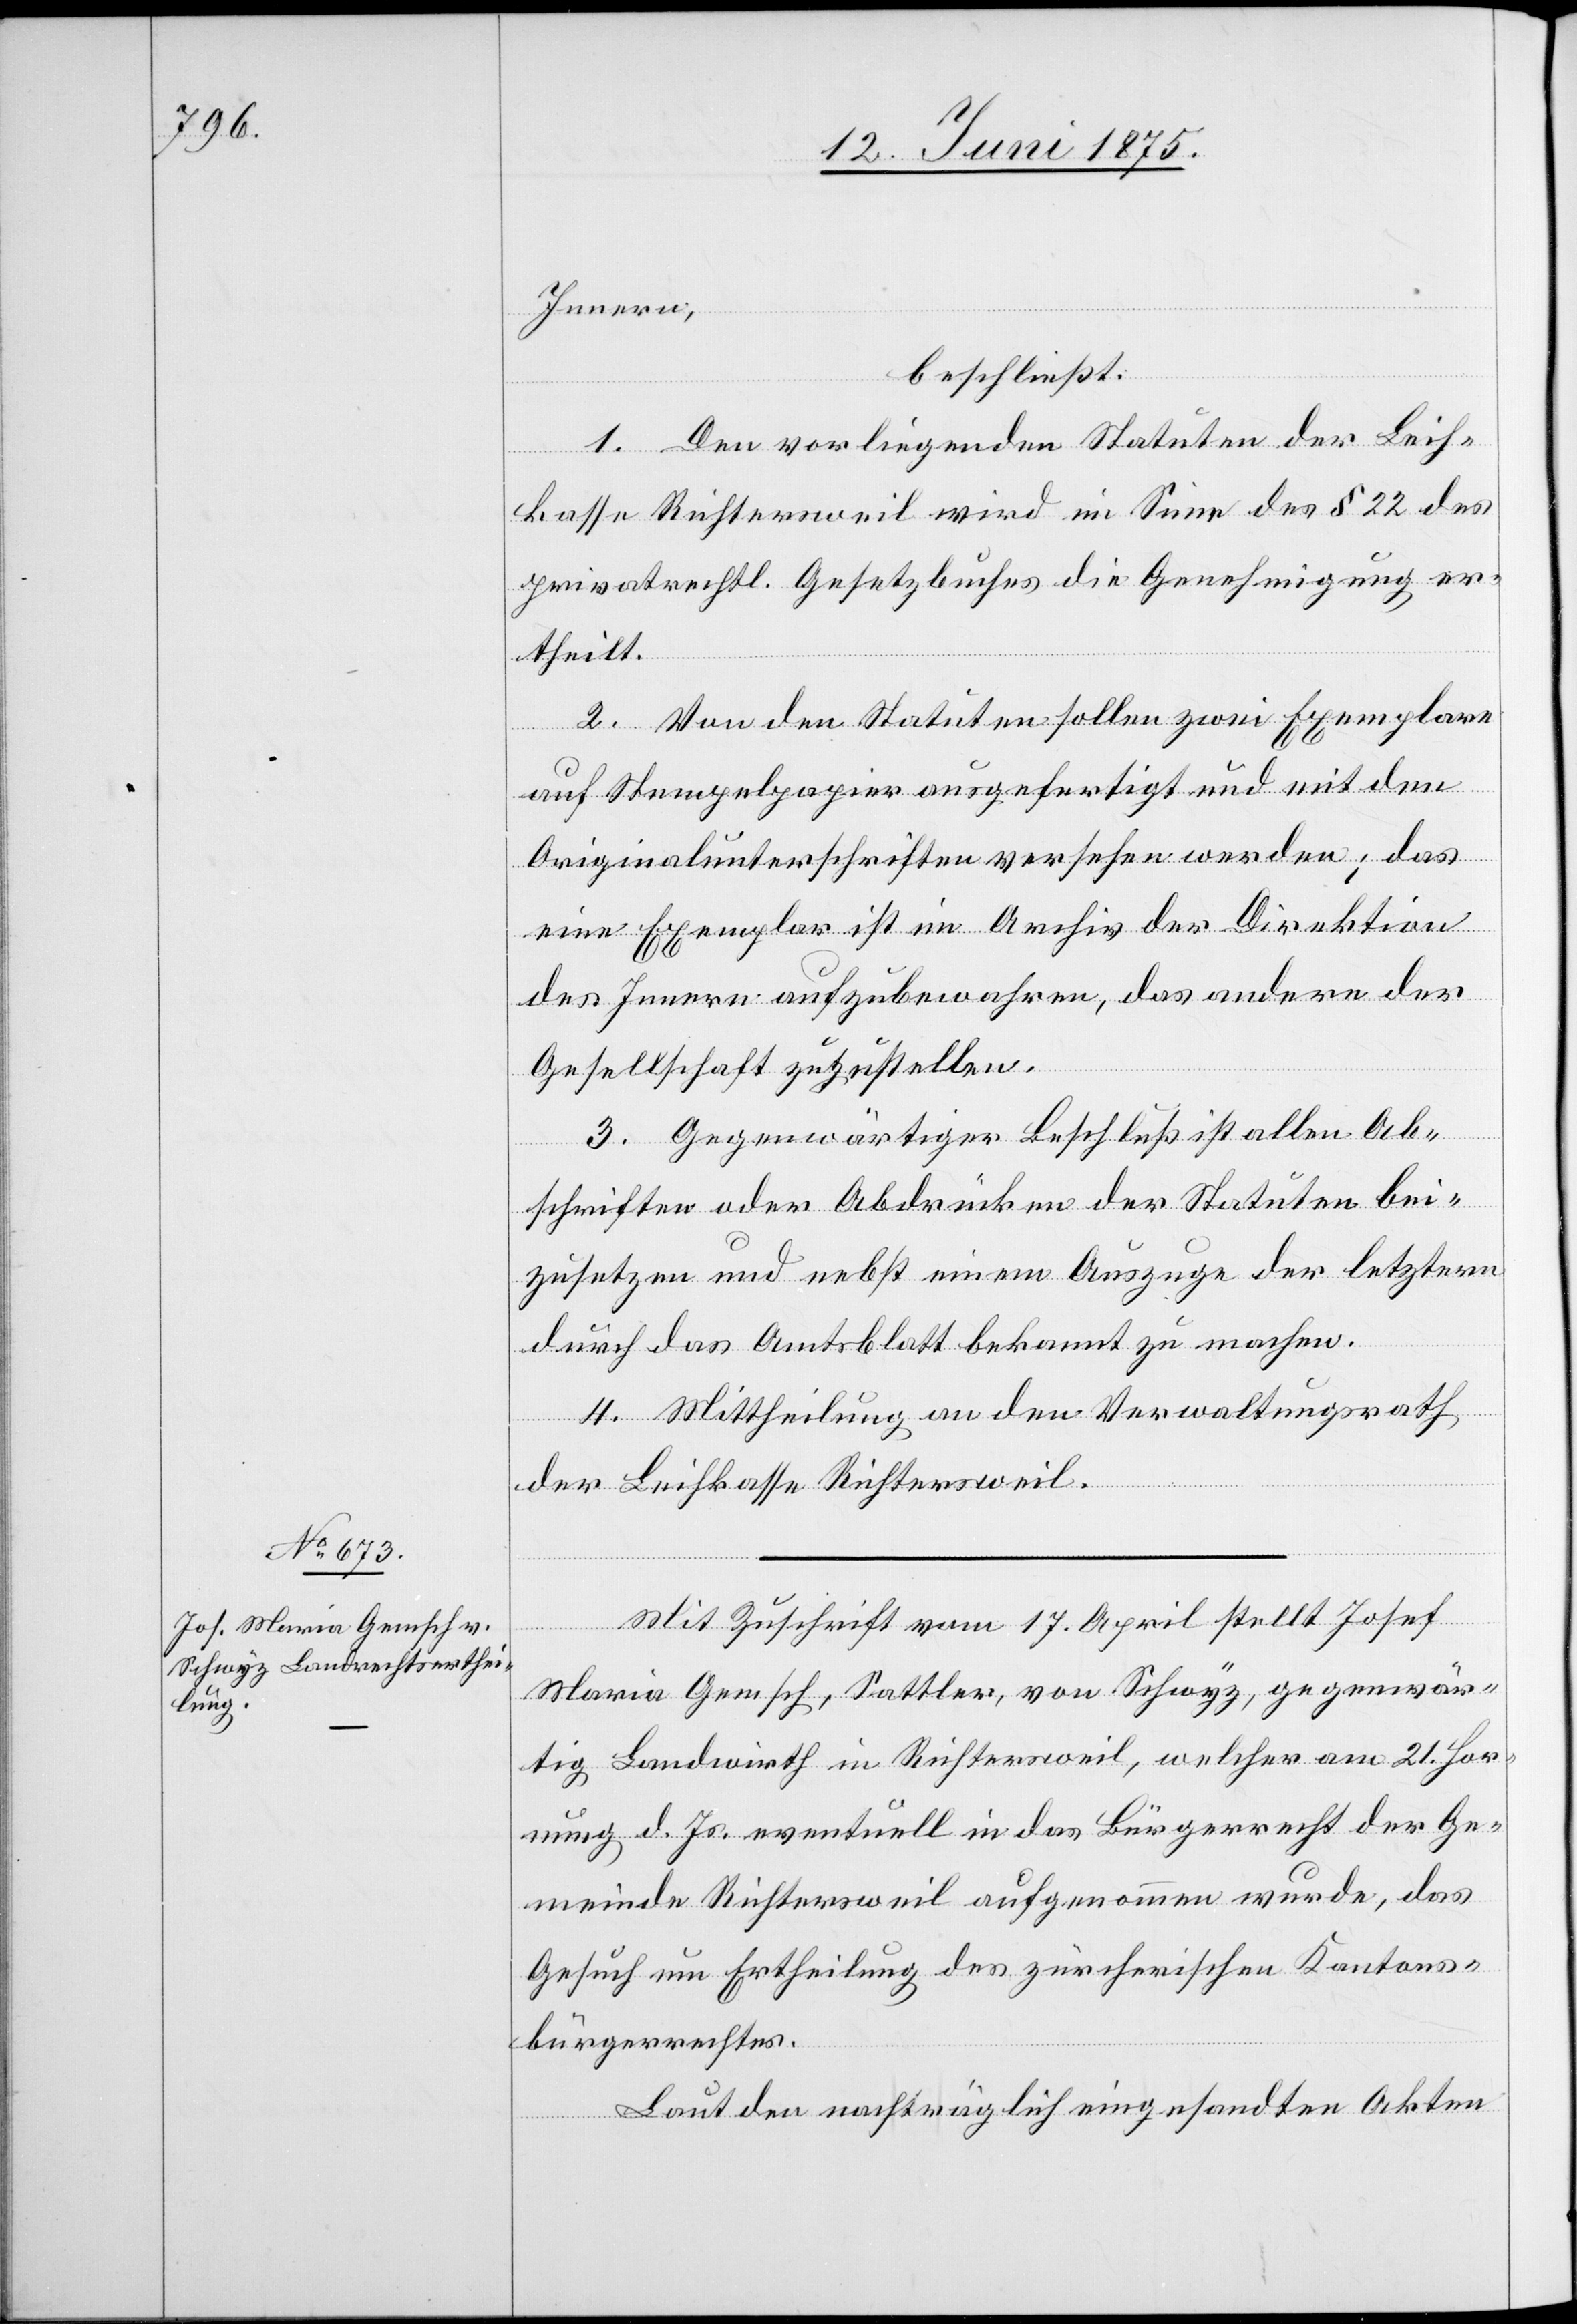
Innern,
beschließt:
letztern
1. Der vorliegenden Statuten der Leih¬
kasse Richtersweil wird im Sinne des § 22 des
privatrechtl. Gesetzes die Genehmigung er¬
theilt.
2. Von den Statuten sollen zwei Exemplare
auf Stempelpapier ausgefertigt und mit den
Originalunterschriften versehen werden; das
eine Exemplar ist im Archiv der Direktion
des Innern aufzubewahren, das andere der
der
Gesellschaft zuzustellen.
3. Gegenwärtiger Beschluß ist allen Ab¬
durch das Amtsblatt bekannt zu machen.
4. Mittheilung an den Verwaltungsrath
der Leihkasse Richtersweil.
Mit Zuschrift vom 17. April stellt Josef
Maria Gemsch, Sattler, von Schwyz, gegenwär¬
tig Landwirth in Richtersweil, welcher am 21. Hor¬
nung d. Js. eventuell in das Bürgerrecht der Ge¬
meinde Richtersweil aufgenommen wurde, das
Gesuch um Ertheilung des zürcherischen Kantons¬
bürgerrechtes.
Laut den nachträglich eingesandten Akten